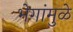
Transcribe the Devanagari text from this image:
भेगांमुळे